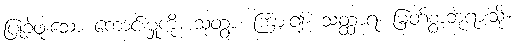
ပြုခဲ့ဖူးသော ကောင်းမှုကို။ သုတွာ၊ ကြား၍။ သတ္ထာရံ၊ မြတ်စွာဘုရားသို့။